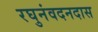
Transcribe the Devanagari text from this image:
रघुनंवदनदास